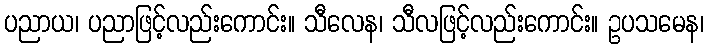
ပညာယ၊ ပညာဖြင့်လည်းကောင်း။ သီလေန၊ သီလဖြင့်လည်းကောင်း။ ဥပသမေန၊